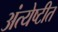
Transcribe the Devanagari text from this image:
अंत्येष्टीत